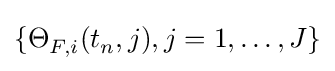
\{\Theta _{F,i}^{}(t_{n}^{},j),j=1,\dots ,J\}